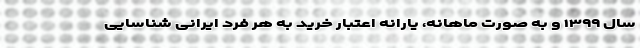
سال ۱۳۹۹ و به صورت ماهانه، یارانه اعتبار خرید به هر فرد ایرانی شناسایی